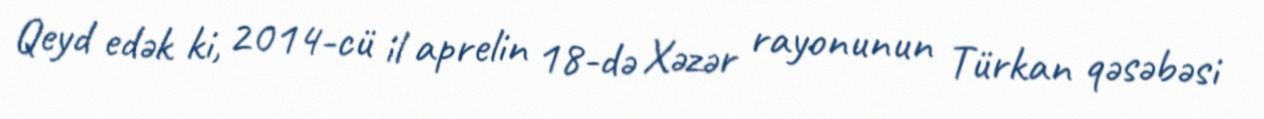
Qeyd edək ki, 2014-cü il aprelin 18-də Xəzər rayonunun Türkan qəsəbəsi